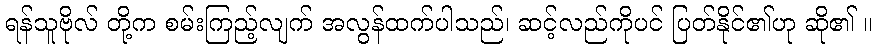
ရန်သူဗိုလ် တို့က စမ်းကြည့်လျက် အလွန်ထက်ပါသည်၊ ဆင့်လည်ကိုပင် ပြတ်နိုင်၏ဟု ဆို၏ ။